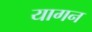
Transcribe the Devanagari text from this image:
यागन